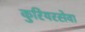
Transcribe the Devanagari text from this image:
कुरियरसेवा